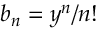
\textstyle b _ { n } = y ^ { n } / n !